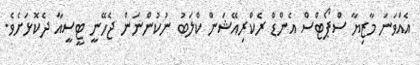
އެއްވަނަ މާޒިޔާ ސްޕޯޓްސް އެންޑް ރެކްރިއޭޝަން ކްލަބު ނުކުންނަން ޖެހޭނީ ޓީސީއާ ދެކޮޅަށެވެ.